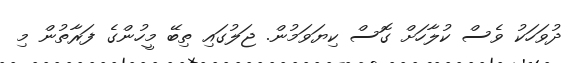
ދުވަހަކު ވެސް ކުލާހަށް ގޮސް ކިޔަވަމުން. ޖަލުގައި ތިބޭ މީހުންގެ ފަރާތުން މި